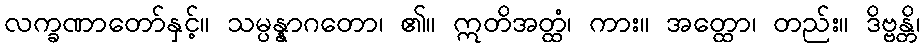
လက္ခဏာတော်နှင့်။ သမ္ပန္နာဂတော၊ ၏။ ဣတိအတ္ထံ၊ ကား။ အတ္ထော၊ တည်း။ ဒိဗ္ဗန္တိ၊